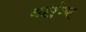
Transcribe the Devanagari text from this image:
अहर्बुध्य्त्